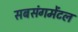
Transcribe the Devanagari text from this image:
सबसंगमेंटल